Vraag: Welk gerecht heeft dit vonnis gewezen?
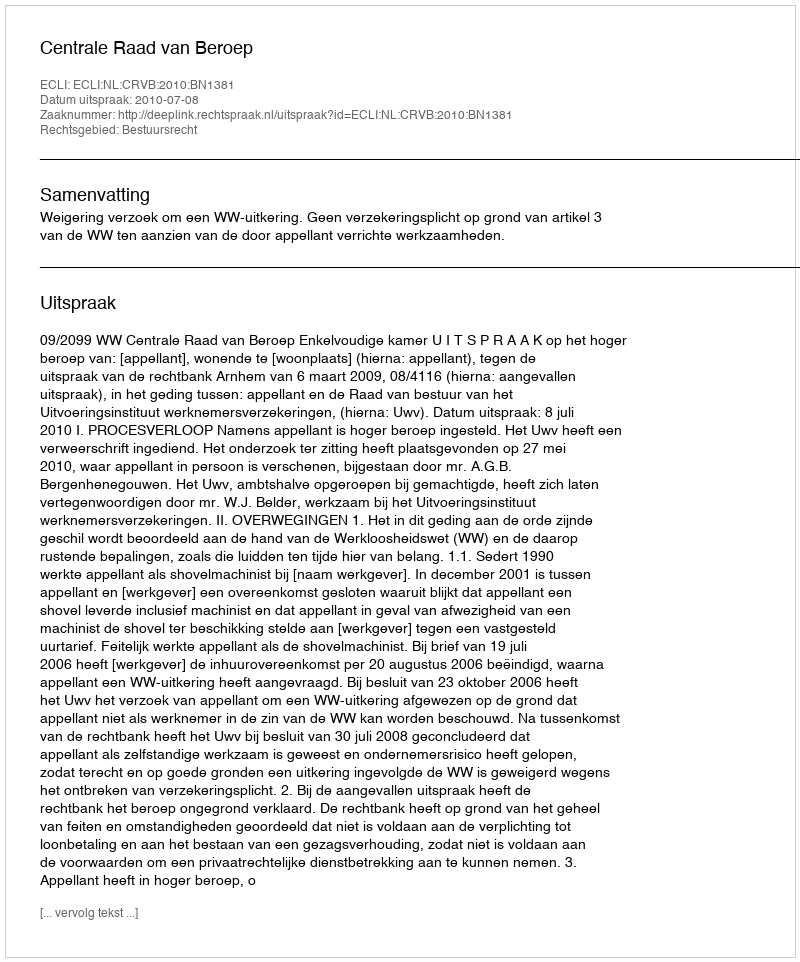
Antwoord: Centrale Raad van Beroep